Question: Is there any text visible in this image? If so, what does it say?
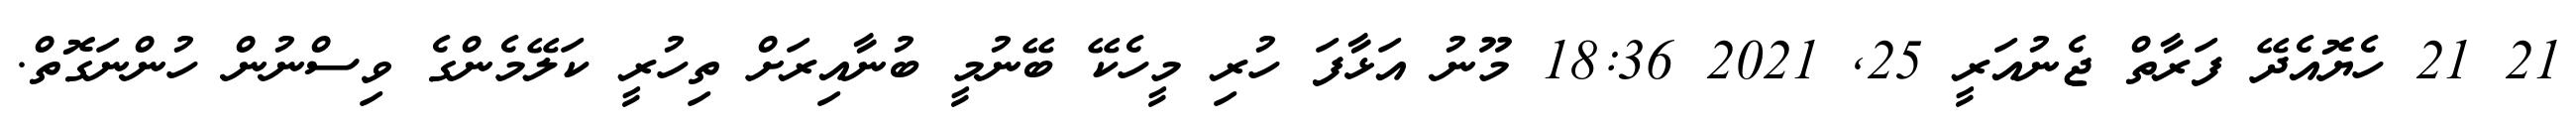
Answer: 21 21 ހެޔޮއެދޭ ފަރާތް ޖެނުއަރީ 25, 2021 18:36 މޫނު އަޅާފަ ހުރި މީހެކޭ ބޭނުމީ ބުނާއިރަށް ތިހުރީ ކަލޭމެންގެ ވިސްނުން ހުންނަގޮތް.